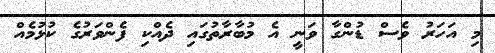
މި އަހަރު ވެސް ޑުންގާ ވަނީ އެ މުބާރާތުގައި ދެއްކި ފެންވަރުގެ ކުޅުމެއް